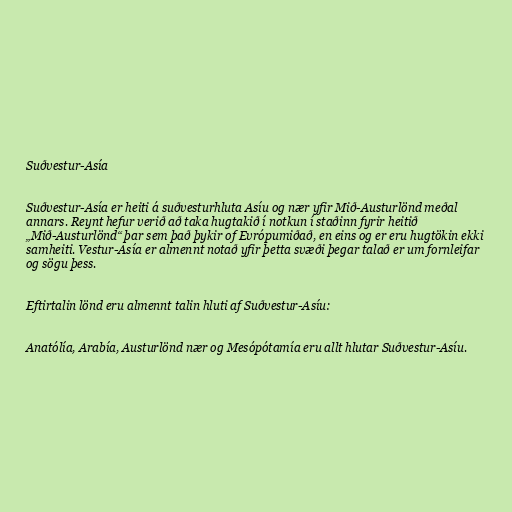
Suðvestur-Asía

Suðvestur-Asía er heiti á suðvesturhluta Asíu og nær yfir Mið-Austurlönd meðal
annars. Reynt hefur verið að taka hugtakið í notkun í staðinn fyrir heitið
„Mið-Austurlönd“ þar sem það þykir of Evrópumiðað, en eins og er eru hugtökin ekki
samheiti. Vestur-Asía er almennt notað yfir þetta svæði þegar talað er um fornleifar
og sögu þess.

Eftirtalin lönd eru almennt talin hluti af Suðvestur-Asíu:

Anatólía, Arabía, Austurlönd nær og Mesópótamía eru allt hlutar Suðvestur-Asíu.